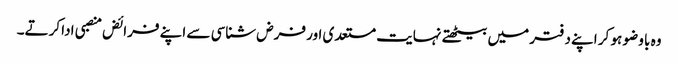
وہ با وضو ہو کر اپنے دفتر میں بیٹھتے نہایت مستعدی اور فرض شناسی سے اپنے فرائض منصبی ادا کرتے۔